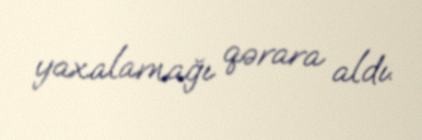
yaxalamağı qərara aldı.